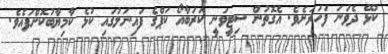
ކުޅޭ ދެވަނަ ފަހަރަށެވެ. އެގޮތުން ސިޓީވަނީ ކަރަބާއޯ ކަޕްގެ ފައިނަލުގައި ކުޅެ ކާމިޔާބުކޮށްފައެވެ.